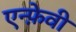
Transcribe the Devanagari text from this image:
एन्फ़ेवी